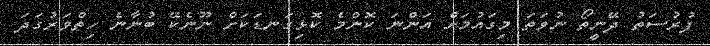
ފުރުސަތު ދޭނީތޯ ނުވަތަ މިގައުމަށް އަންނަ ކޮންމެ ކޮޅިގަނޑަކަށް ނޫނެކޭ ބުނާނެ ހިތްވަރުގަދަ